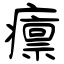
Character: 癝